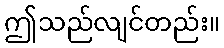
ဤသည်လျင်တည်း။